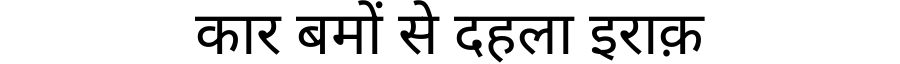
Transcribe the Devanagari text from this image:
कार बमों से दहला इराक़